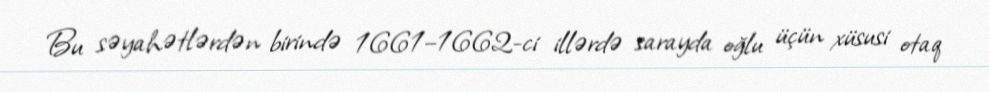
Bu səyahətlərdən birində 1661–1662-ci illərdə sarayda oğlu üçün xüsusi otaq